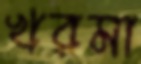
খরমা